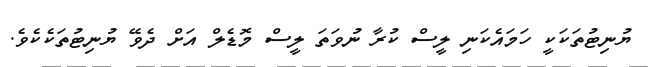
ޔުނިޓުތަކަކީ ހަމައެކަނި ލީސް ކުރާ ނުވަތަ ލީސް މޮޑެލް އަށް ދެވޭ ޔުނިޓުތަކެކެވެ.